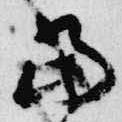
当